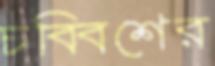
চব্বিশের